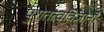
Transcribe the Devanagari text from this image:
पुरातत्वविज्ञानी